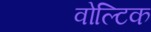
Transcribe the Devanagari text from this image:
वोल्टिक